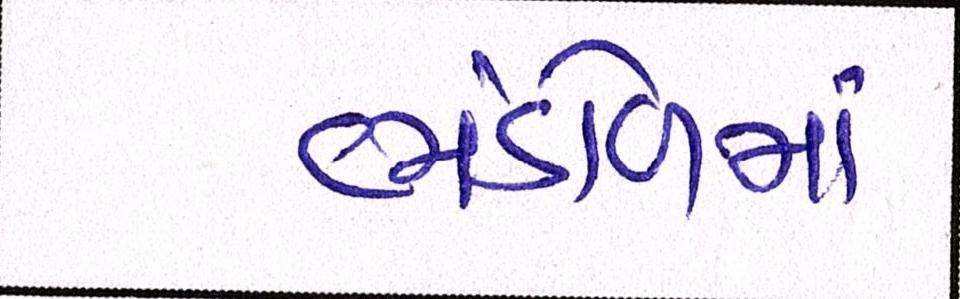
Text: ભંડોળમાં